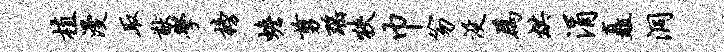
植漫取猷学榜蟾剪瑶狭巾笏没为烘涓矗洞